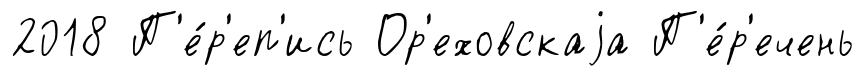
2018 П'е́р'еп'ись Ор'еховскаjа П'е́р'ечень